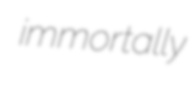
immortally